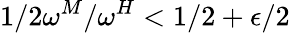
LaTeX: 1/2\le\omega^{M}/\omega^{H}<1/2+\epsilon/2